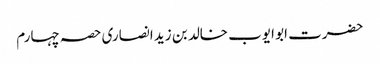
حضرت ابو ایوب خالد بن زید انصاری	حصہ چہارم